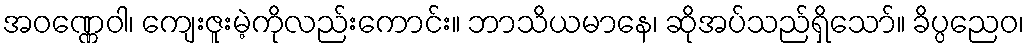
အဝဏ္ဏေဝါ၊ ကျေးဇူးမဲ့ကိုလည်းကောင်း။ ဘာသိယမာနေ၊ ဆိုအပ်သည်ရှိသော်။ ခိပ္ပညေဝ၊